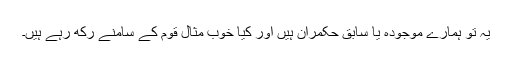
یہ تو ہمارے موجودہ یا سابق حکمران ہیں اور کیا خوب مثال قوم کے سامنے رکھ رہے ہیں۔